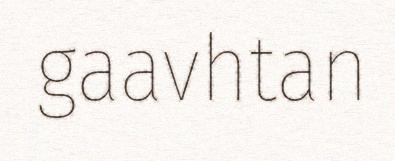
gaavhtan